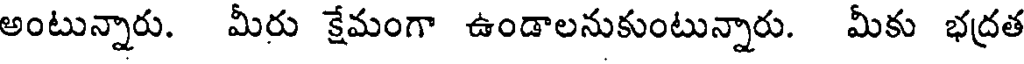
అంటున్నారు. మీరు క్షేమంగా ఉండాలనుకుంటున్నారు. మీకు భద్రత